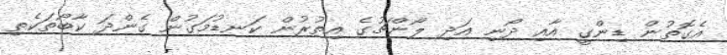
އެގޮތުން ޑިންގީ އާއި ދޯނި އަދި ލޯންޗުގެ އިތުރުން ކަނޑުމަގުން ގެންދަ ކާބޯތަކެތި